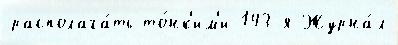
располага́ть то́нк'им'и 143-я Журна́л